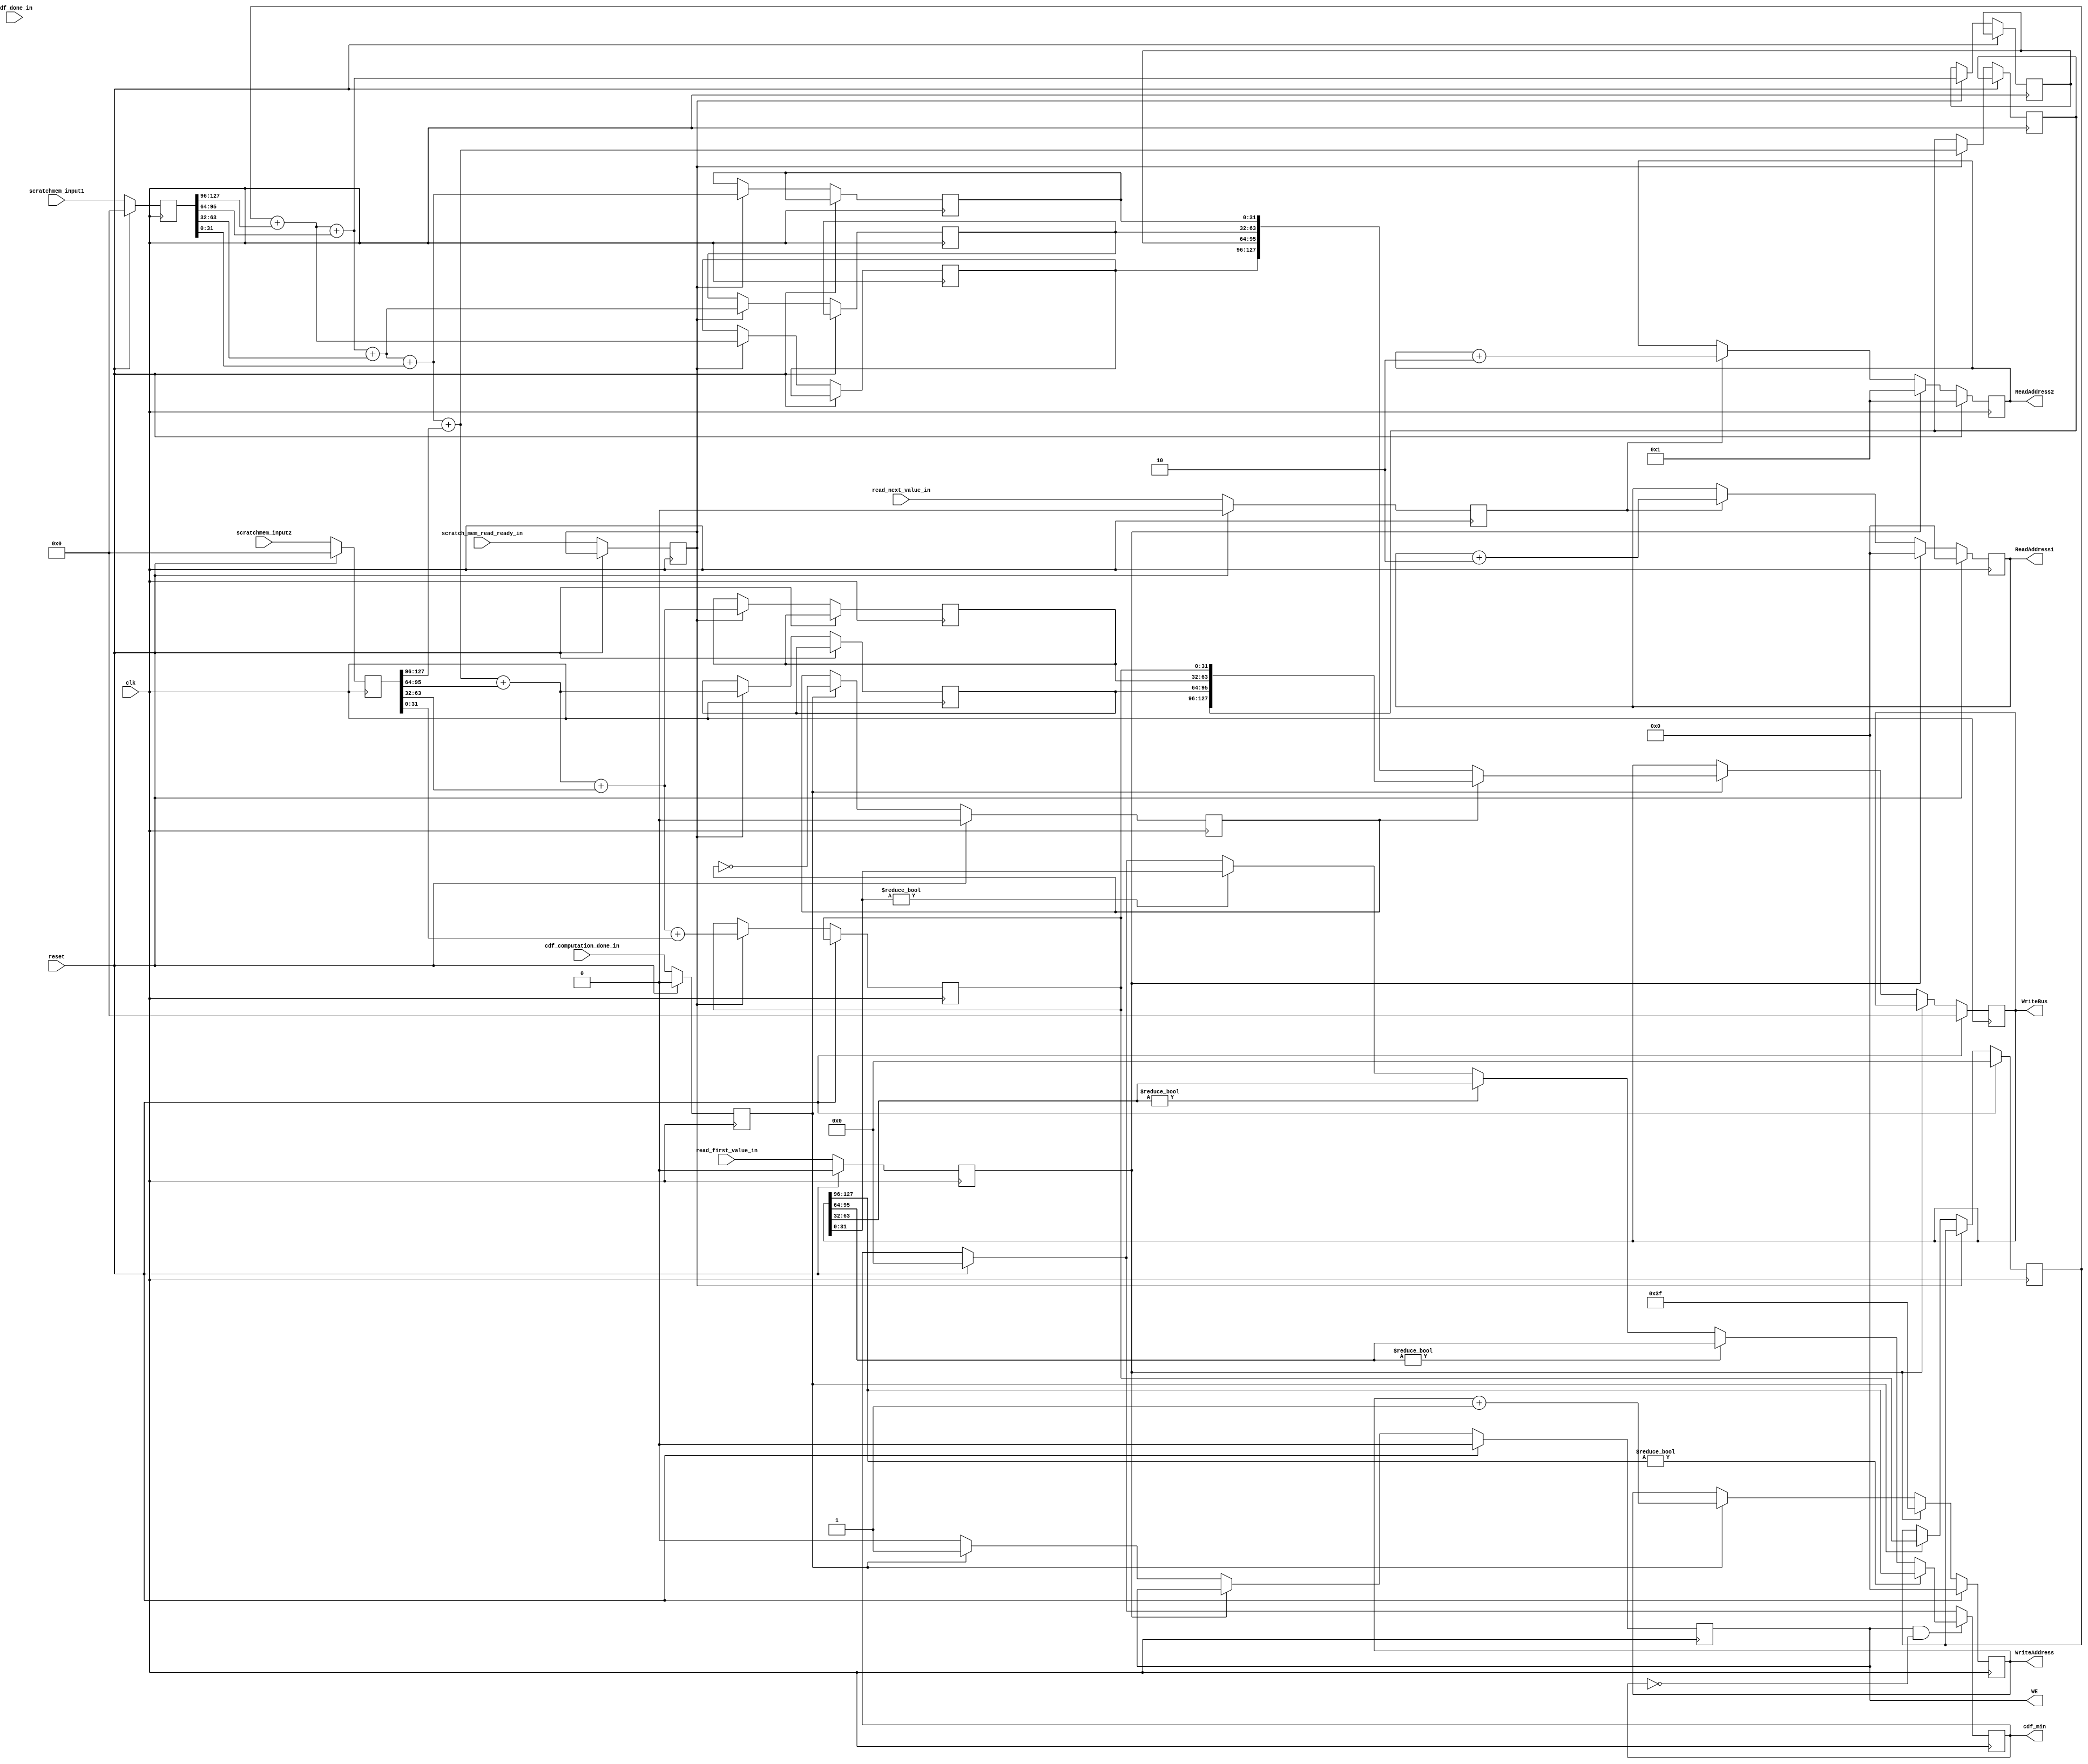
//--------------------------------------------
// Datapath functionality for cdf.
// Rev : 01
// cdf_datapath.v
//--------------------------------------------

module cdf_datapath (clk, reset, scratchmem_input1, scratchmem_input2, read_first_value_in, scratch_mem_read_ready_in, cdf_computation_done_in, read_next_value_in, cdf_done_in,  WE, WriteAddress, WriteBus, ReadAddress1, ReadAddress2, cdf_min);

// inputs
input clk;
input reset;

// outputs
output WE;
output [15:0] WriteAddress;
output [127:0] WriteBus;
output [15:0] ReadAddress1;
output [15:0] ReadAddress2;
output [31:0] cdf_min;


input [127:0] scratchmem_input1;
input [127:0] scratchmem_input2;
input read_first_value_in;
input read_next_value_in;
input scratch_mem_read_ready_in;
input cdf_computation_done_in;
input cdf_done_in;

// output reg declarations
reg WE;
reg [15:0] WriteAddress;
reg [127:0] WriteBus;
reg [15:0] ReadAddress1;
reg [15:0] ReadAddress2;
reg [31:0] cdf_min; 
reg read_first_value;
reg scratch_mem_read_ready;
reg cdf_computation_done;
reg cdf_done;
reg read_next_value;
reg [127:0] scratchmem_data1;
reg [127:0] scratchmem_data2;
wire [31:0] histogram[0:7];
// Not using array here since arrays are not displayed on GTKWave vcd waveform
reg [31:0] cdf0;
reg [31:0] cdf1;
reg [31:0] cdf2;
reg [31:0] cdf3;
reg [31:0] cdf4;
reg [31:0] cdf5;
reg [31:0] cdf6;
reg [31:0] cdf7;
reg [31:0] cdf_prev;

// flop the inputs
always @(posedge clk)
begin
	if (reset) begin
		scratchmem_data1 <= 0;
		scratchmem_data2 <= 0;
		read_first_value <= 0;
		read_next_value <= 0;
		cdf_computation_done <= 0;
		cdf_done <= 0;
	end
	else begin
		scratchmem_data1 <= scratchmem_input1;
		scratchmem_data2 <= scratchmem_input2;
		read_first_value <= read_first_value_in;
		scratch_mem_read_ready <= scratch_mem_read_ready_in;
		read_next_value <= read_next_value_in;
		cdf_computation_done <= cdf_computation_done_in;
		cdf_done <= cdf_done_in;
	end
end

// Use scratchmem inputs as histogram. Requires efficient way of computing cdf					
assign histogram[0] = scratchmem_data1[127:96];
assign histogram[1] = scratchmem_data1[95:64];
assign histogram[2] = scratchmem_data1[63:32];
assign histogram[3] = scratchmem_data1[31:0];
assign histogram[4] = scratchmem_data2[127:96];
assign histogram[5] = scratchmem_data2[95:64];
assign histogram[6] = scratchmem_data2[63:32];
assign histogram[7] = scratchmem_data2[31:0];
		      	
		      	
// Read Address generator for CDF
always @(posedge clk)
begin
    if(reset)
    begin
		ReadAddress1 <= 16'd0;	// some arbitrary address
		ReadAddress2 <= 16'd1;
    end
	else if (read_first_value == 1'b1) 
    begin
		ReadAddress1 <= 16'd0;
		ReadAddress2 <= 16'd1;

	end
    else if (read_next_value == 1'b1)
    begin
		ReadAddress1 <= ReadAddress1 + 16'd2;
		ReadAddress2 <= ReadAddress2 + 16'd2;
    end
end

reg cdf_select; 


always @(posedge clk)
begin
    if(reset)
    begin
        cdf_select <= 1'b0;  
    end
    else if(cdf_computation_done)
    begin
        cdf_select <= !cdf_select; 
    end
end

always @(posedge clk)
begin
    if(reset)
    begin
		WE <= 1'b0;
        WriteBus<= 16'b0; 
		WriteAddress <= 128'b0;
    end
    else if (read_first_value)
    begin
		WriteAddress <= 16'd63;
    end
	else if (cdf_computation_done) 
    begin
		WriteAddress <= WriteAddress + 16'd1;
        if(cdf_select == 1'b0)
            WriteBus <= {cdf0,cdf1,cdf2,cdf3};
        else
            WriteBus <= {cdf4,cdf5,cdf6,cdf7};
		WE <= 1'b1;
	end
    else 
    begin
		WE <= 1'b0;
    end
end		

// Compute cdf. Store the last cdf to be re-used in next iteration.
// We don't have to worry about carry_out while adding, because it automatically stored within the 32-bit result. 
// The largest value of histogram = 8294400 which can be represented in 24 bits. 
always @(posedge clk)
begin
	// start with a zero cdf_prev
	if (reset) begin
		cdf_prev <= 32'd0;
	end	
	else if (scratch_mem_read_ready) begin
		cdf0 <= cdf_prev + histogram[0];
		cdf1 <= cdf_prev + histogram[0] + histogram[1];
		cdf2 <= cdf_prev + histogram[0] + histogram[1] + histogram[2];
		cdf3 <= cdf_prev + histogram[0] + histogram[1] + histogram[2] + histogram[3];
		cdf4 <= cdf_prev + histogram[0] + histogram[1] + histogram[2] + histogram[3] + histogram[4];
		cdf5 <= cdf_prev + histogram[0] + histogram[1] + histogram[2] + histogram[3] + histogram[4] + histogram[5];
		cdf6 <= cdf_prev + histogram[0] + histogram[1] + histogram[2] + histogram[3] + histogram[4] + histogram[5] + histogram[6];
		cdf7 <= cdf_prev + histogram[0] + histogram[1] + histogram[2] + histogram[3] + histogram[4] + histogram[5] + histogram[6] + histogram[7];
	end
	else if (cdf_computation_done) begin
		cdf_prev <= cdf7;
	end
end						
	
always @(posedge clk)
begin
    if(reset)
    begin
        cdf_min <= 32'b0; 
    end
    if(WE == 1'b1 && cdf_min == 32'b0)
    begin
        if (WriteBus[127:96] != 32'b0)
            cdf_min <= WriteBus[128:96]; 
        else if (WriteBus[95:64] !=32'b0)
            cdf_min <= WriteBus[95:64]; 
        else if (WriteBus[63:32] !=32'b0)
            cdf_min <= WriteBus[63:32]; 
        else if (WriteBus[31:0] !=32'b0)
            cdf_min <= WriteBus[31:0]; 
    end
end


endmodule